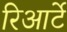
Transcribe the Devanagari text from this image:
रिआर्टे